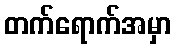
တက်ရောက်အမှာ